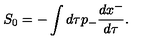
S _ { 0 } = - \int d \tau p _ { - } { \frac { d x ^ { - } } { d \tau } } .